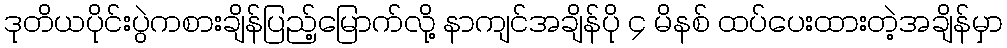
ဒုတိယပိုင်းပွဲကစားချိန်ပြည့်မြောက်လို့ နာကျင်အချိန်ပို ၄ မိနစ် ထပ်ပေးထားတဲ့အချိန်မှာ